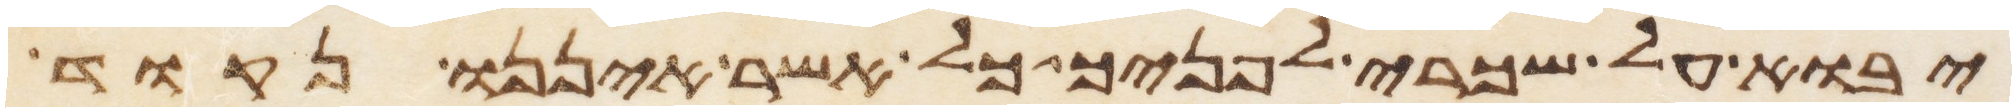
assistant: יבוא על שכרי לפניך כל אשר איננו נקוד